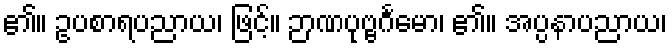
၏။ ဥပစာရပညာယ၊ ဖြင့်။ ဉာဏပုဗ္ဗင်္ဂမော၊ ၏။ အပ္ပနာပညာယ၊